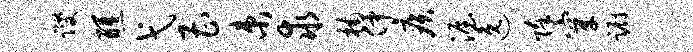
躞醺弋曹束求楠仲疾渥逸除穿蹰